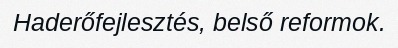
Haderőfejlesztés, belső reformok.